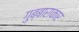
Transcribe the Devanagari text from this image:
गुब्बाराकार